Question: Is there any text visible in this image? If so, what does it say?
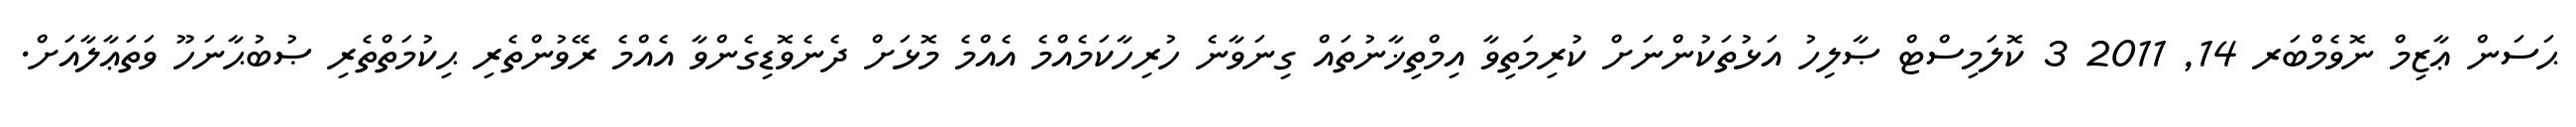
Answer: ޙަސަން ޢާޒިމް ނޮވެމްބަރ 14, 2011 3 ކޮލަމިސްޓް ޞާލިހު އަޅުތަކުންނަށް ކުރިމަތިވާ އިމްތިޚާނުތައް ގިނަވާނެ ހުރިހާކަމެއްމެ އެއްމެ މޮޅަށް ދެނެވޮޑިގެންވާ އެއްމެ ރޭވުންތެރި ޙިކުމަތްތެރި ޞުބުޙާނަހޫ ވަތަޢާލާއަށް.